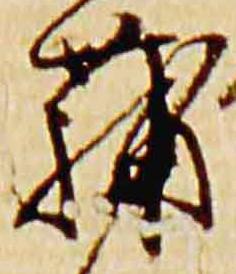
蒲